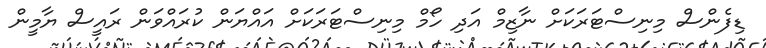
ޑިފެންސް މިނިސްޓަރަކަށް ނާޒިމް އަދި ހޯމް މިނިސްޓަރަކަށް އައްޔަން ކުރައްވަން ރައީސް ޔާމީން